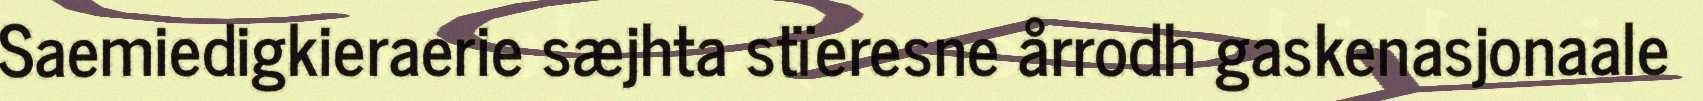
Saemiedigkieraerie sæjhta stïeresne årrodh gaskenasjonaale